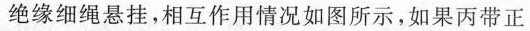
绝缘细绳悬挂，相互作用情况如图所示，如果丙带正